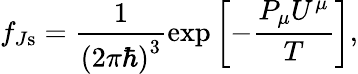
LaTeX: f_{J\mathrm{s}}=\frac{1}{\left(2\pi\hbar\right)^{3}}\exp\left[-\frac{P_{\mu}U^{\mu}}{T}\right],